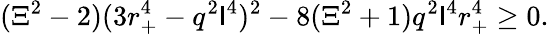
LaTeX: (\Xi^{2}-2)(3r_{+}^{4}-q^{2}\mathsf{l}^{4})^{2}-8(\Xi^{2}+1)q^{2}\mathsf{l}^{4}r_{+}^{4}\geq0.